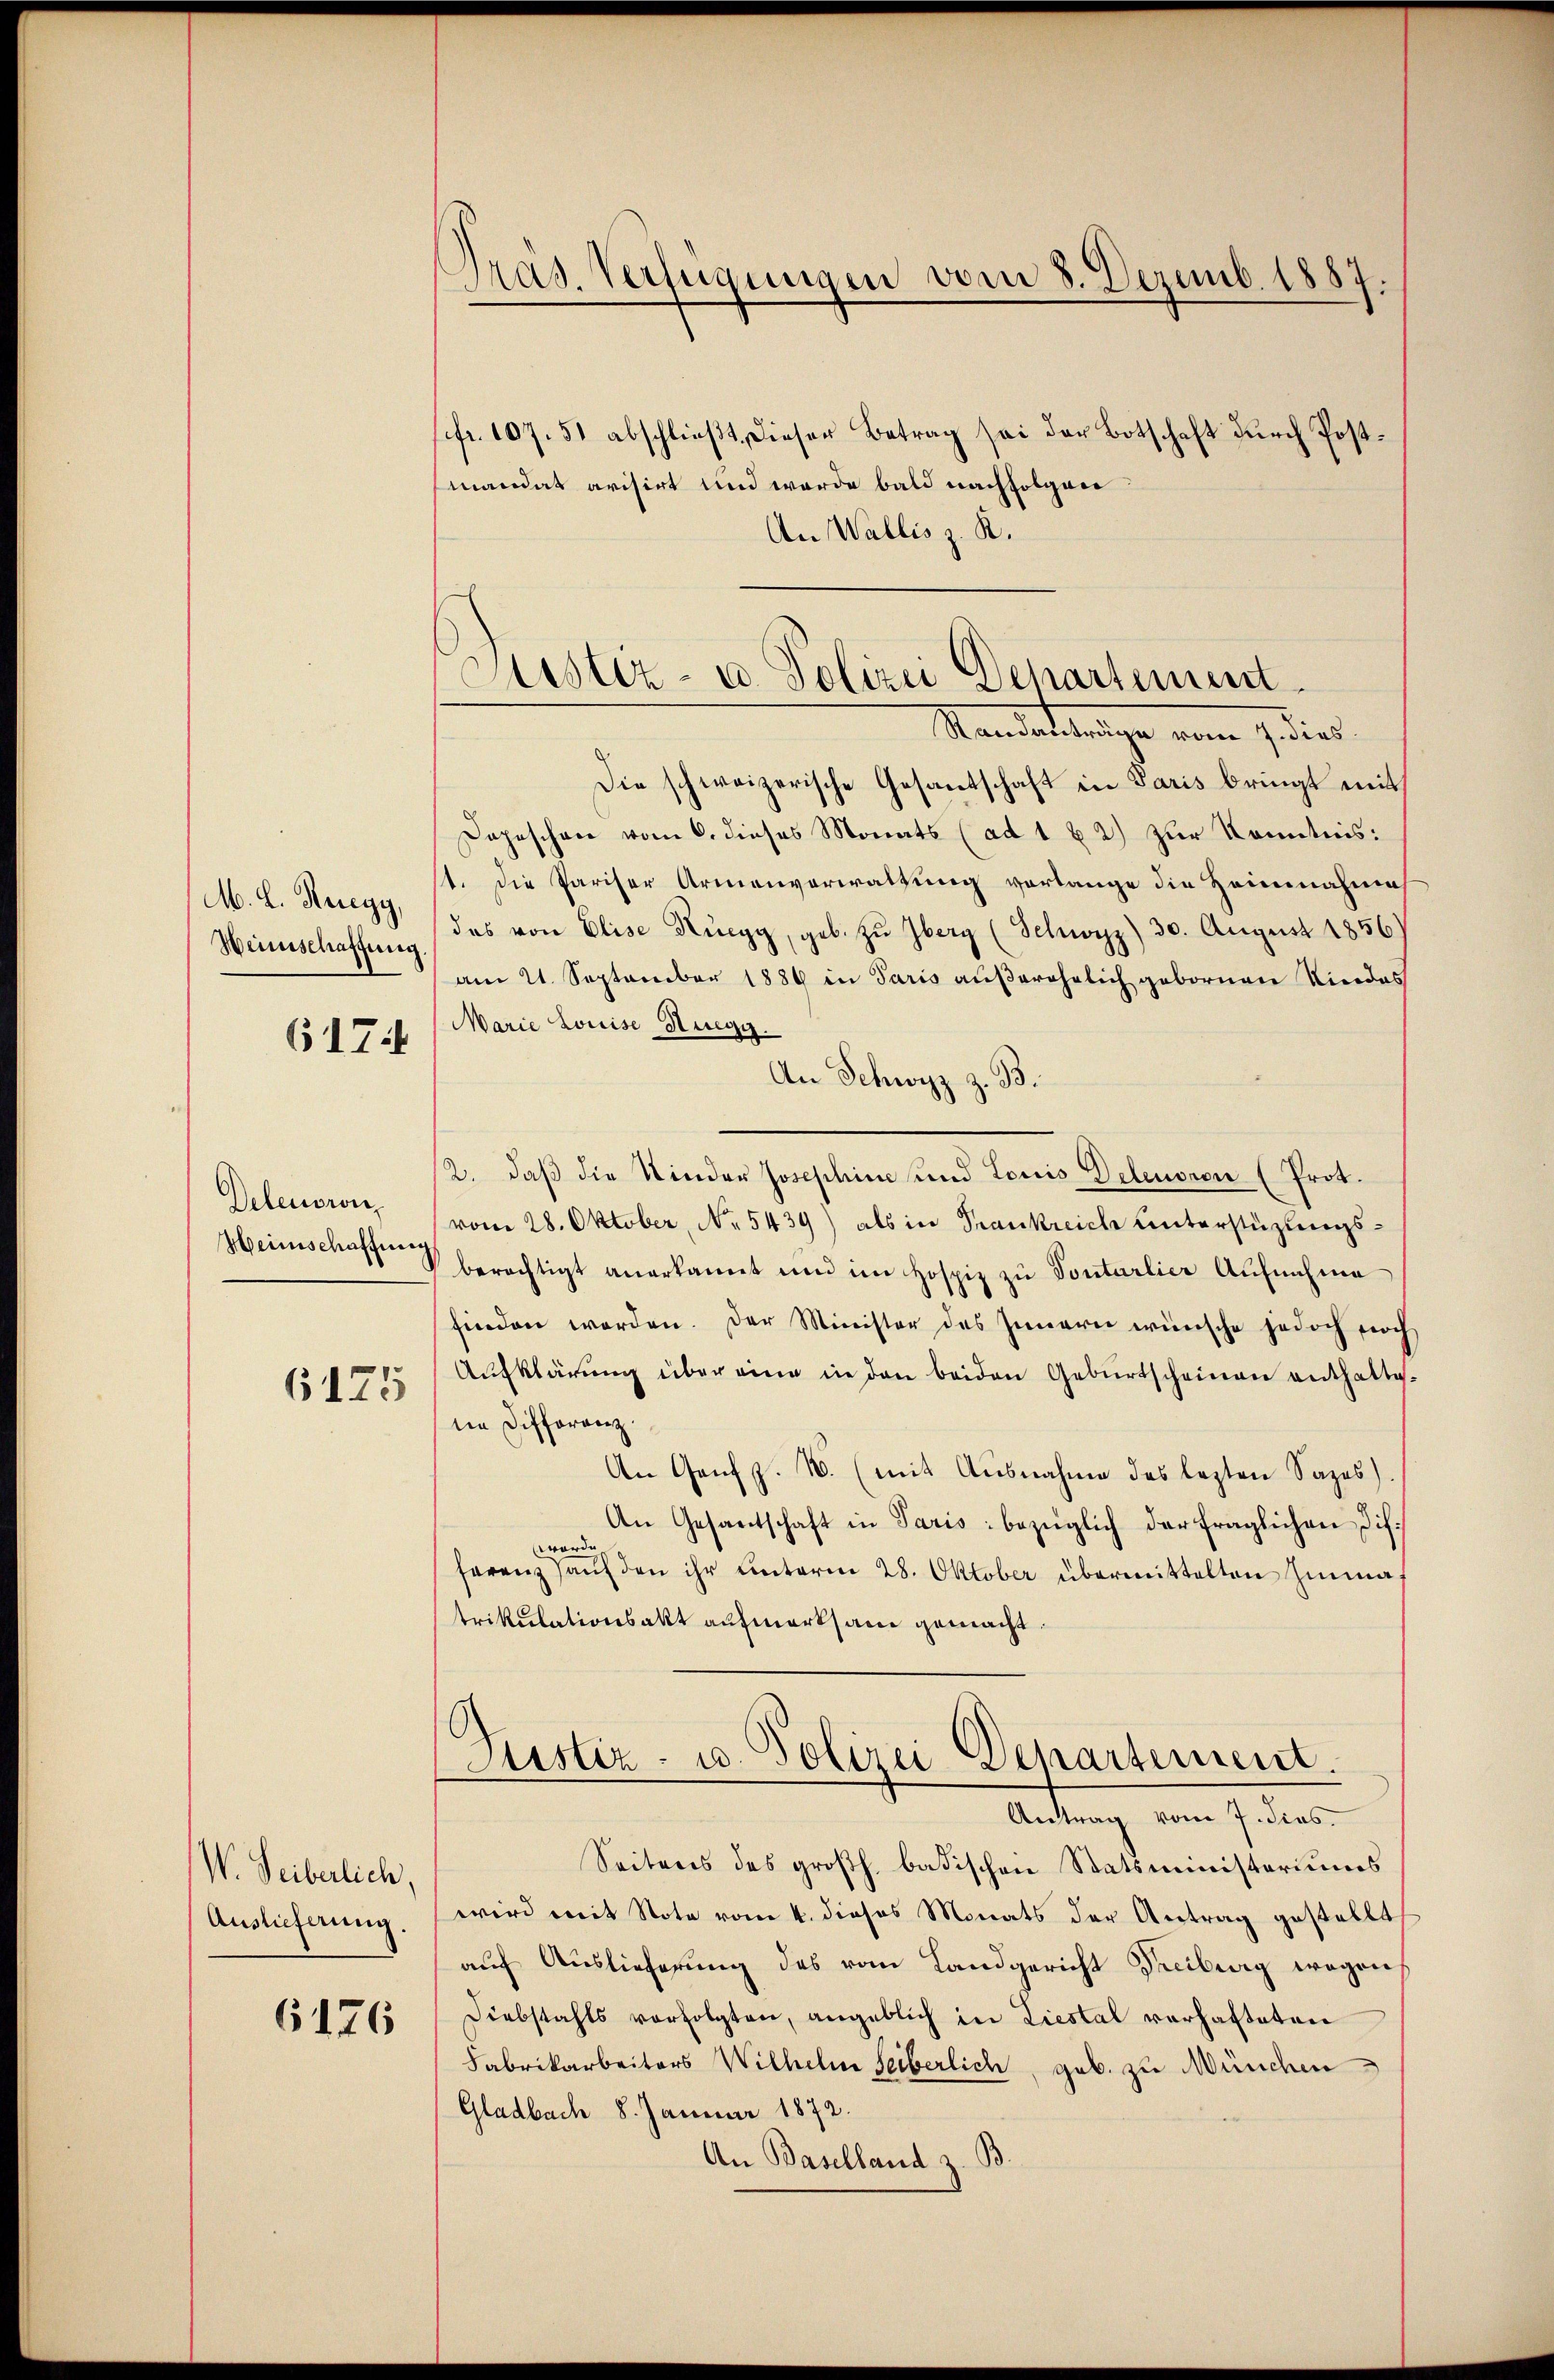
M. L. Kriegy,
Weinschaffung.

617

Delenoron
Heimschaffung
6125

W. Leiberlich,
Auslieferung.

6176

.
Pras. Verfügungen vom 8. Dezemb. 1887.

sfr. 107. 51 abschlieβt, dieser Betrag sei der Botschaft durch Postmandat avisirt und werde bald nachfolgen
An Wallis z. R.
Standentrage vom 7. dies
Die schweizerische Gesantschaft in Paris bringt mit
Depeschen vom 6. dieses Monats (ad 1 u 2) zur Kenntnis:
1. Die Pariser Armenverwaltung vorlange die Heimnahme
das von Elise Rüegg, geb. zŭ berg (Schwyz) 30. August 1856.)
am 21. September 1889 in Paris außerehelich gebornen Kindes
Marie Louise Ruegg.
An Schwyz z. B.
2. daß die Kinder Josephine und Louis Delenoren (Prot.
vom 28. Oktober, No 5439) als in Trankreich Unterstüzungsberächtigt anerkannt und im Hospiz zu Pontarlier Aufnahme
finden werden. Der Minister des Innern wünsche jedoch noch
Aufklärung über eine in den beiden Geburtscheinen enthaltedie Differenz.
An Genf z. B. (mit Ausnahme des lezten Sazes).
An Gesantschaft in Paris bezüglich der fraglichen Dif
worde
ferenz aŭf den ihr unterm 28. Oktober übermittelten Immaf
trikulationsakt aufmerksam gemacht.
Sistiz- u. Polizei Departement.
Antrag vom 7. dies
Seitens des großh. badischen Statsministeriums
wird mit Nota vom 4. dieses Monats der Antrag gestellt
auf Auslieferung des vom Landgericht Freiberg wegen
Diebstahls verfolgten, angeblich in Liestal verhafteten
Fabrikarbeiters Wilhelm seiberlich, geb. zu München
Gladbach 8. Januar 1872.
An Baselland z. B.

Austiz- u. Polizei Departement